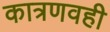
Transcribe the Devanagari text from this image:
कात्रणवही